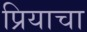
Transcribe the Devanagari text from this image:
प्रियाचा